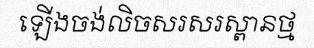
ឡើងចង់លិចសរសរស្ពានថ្ម